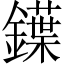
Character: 鐷